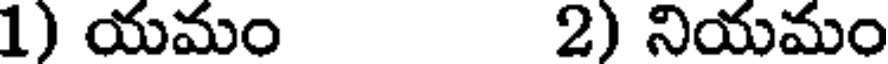
1) యమం 2) నియమం